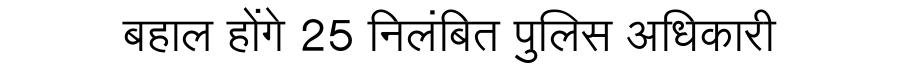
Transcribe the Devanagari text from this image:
बहाल होंगे 25 निलंबित पुलिस अधिकारी